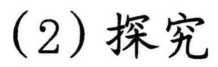
(2) 探究